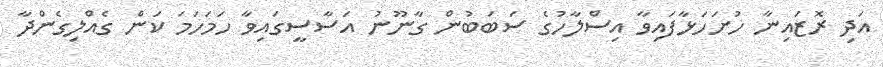
އަދި ރޮޒައިނާ ހުށަހަޅާފައިވާ އިސްލާހުގެ ސަބަބުން ގާނޫނު އަސާސީގައިވާ ހަމަހަމަ ކަން ގެއްލިގެންދާ